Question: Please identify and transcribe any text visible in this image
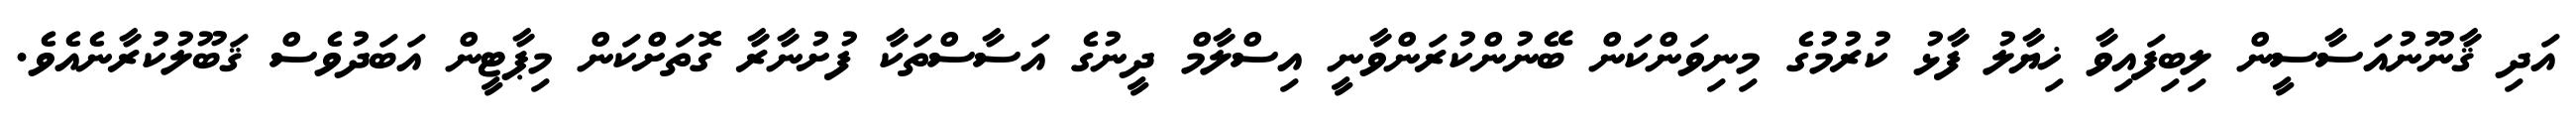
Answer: އަދި ޤާނޫނުއަސާސީން ލިބިފައިވާ ޚިޔާލު ފާޅު ކުރުމުގެ މިނިވަންކަން ބޭނުންކުރަންވާނީ އިސްލާމް ދީނުގެ އަސާސްތަކާ ފުށުނާރާ ގޮތަށްކަން މިޕާޓީން އަބަދުވެސް ޤަބޫލުކުރާނެއެވެ.